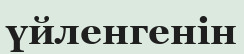
үйленгенін